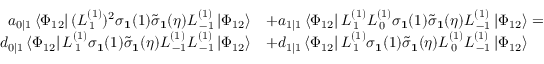
\begin{array} { r l } { a _ { 0 | 1 } \left\langle \Phi _ { 1 2 } \right| ( L _ { \, 1 } ^ { ( 1 ) } ) ^ { 2 } \sigma _ { \mathbf { 1 } } ( 1 ) \tilde { \sigma } _ { \mathbf { 1 } } ( \eta ) L _ { \, - 1 } ^ { ( 1 ) } \left| \Phi _ { 1 2 } \right\rangle } & { + a _ { 1 | 1 } \left\langle \Phi _ { 1 2 } \right| L _ { \, 1 } ^ { ( 1 ) } L _ { \, 0 } ^ { ( 1 ) } \sigma _ { \mathbf { 1 } } ( 1 ) \tilde { \sigma } _ { \mathbf { 1 } } ( \eta ) L _ { \, - 1 } ^ { ( 1 ) } \left| \Phi _ { 1 2 } \right\rangle = } \\ { d _ { 0 | 1 } \left\langle \Phi _ { 1 2 } \right| L _ { \, 1 } ^ { ( 1 ) } \sigma _ { \mathbf { 1 } } ( 1 ) \tilde { \sigma } _ { \mathbf { 1 } } ( \eta ) L _ { \, - 1 } ^ { ( 1 ) } L _ { \, - 1 } ^ { ( 1 ) } \left| \Phi _ { 1 2 } \right\rangle } & { + d _ { 1 | 1 } \left\langle \Phi _ { 1 2 } \right| L _ { \, 1 } ^ { ( 1 ) } \sigma _ { \mathbf { 1 } } ( 1 ) \tilde { \sigma } _ { \mathbf { 1 } } ( \eta ) L _ { \, 0 } ^ { ( 1 ) } L _ { \, - 1 } ^ { ( 1 ) } \left| \Phi _ { 1 2 } \right\rangle } \end{array}